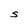
Character: S